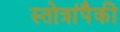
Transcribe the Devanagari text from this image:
स्तोत्रांपैकी